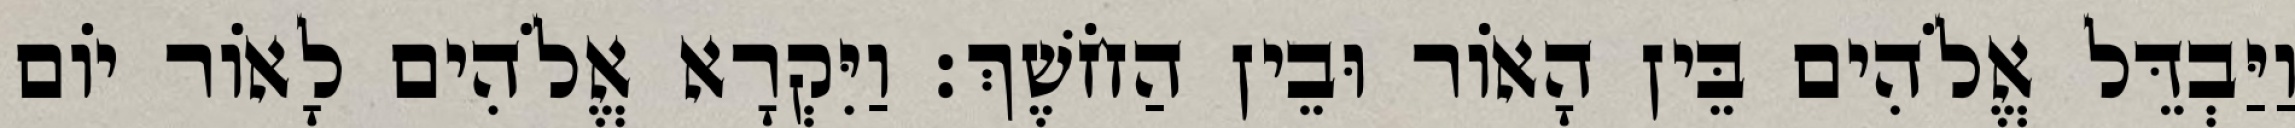
וַיַּבְדֵּל אֱלֹהִים בֵּין הָאֹור וּבֵין הַחֹשֶׁךְ׃ וַיִּקְרָא אֱלֹהִים לָאֹור יֹום